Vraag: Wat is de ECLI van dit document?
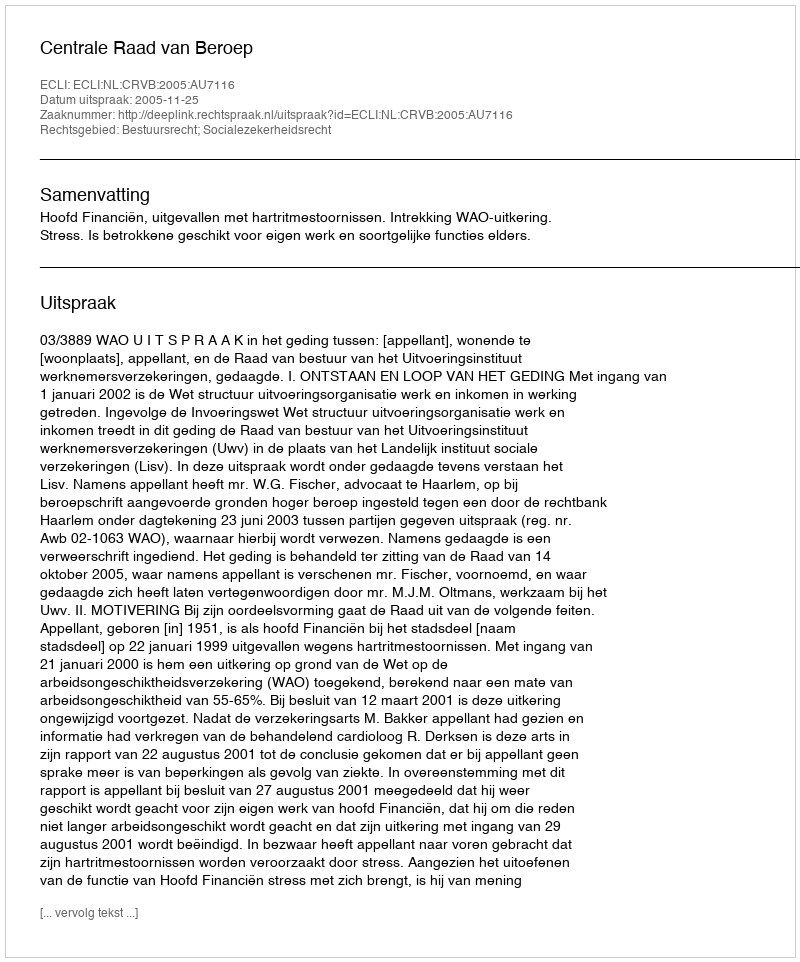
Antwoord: ECLI:NL:CRVB:2005:AU7116